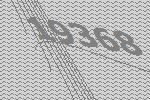
19368